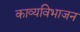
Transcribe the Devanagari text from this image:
काव्यविभाजन